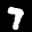
Label: 7